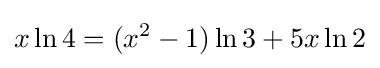
x\ln 4=(x^{2}-1)\ln 3+5x\ln 2